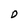
Character: D